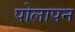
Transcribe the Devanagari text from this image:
पोलापन